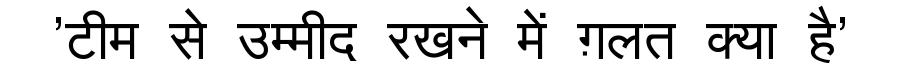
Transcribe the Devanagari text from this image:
'टीम से उम्मीद रखने में ग़लत क्या है'